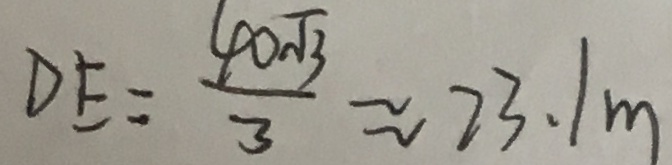
D E = \frac { 4 0 \sqrt { 3 } } { 3 } \approx 2 3 . 1 m